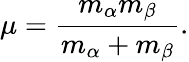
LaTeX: \mu=\frac{m_{\alpha}m_{\beta}}{m_{\alpha}+m_{\beta}}.